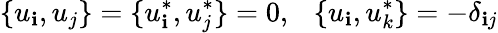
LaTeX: \{ u_{\mathbf{i}},u_{j}\} =\{ u_{\mathbf{i}}^{*},u_{j}^{*}\} =0,~~~\{ u_{\mathbf{i}},u_{k}^{*}\} =-\delta_{\mathbf{i}j}